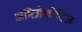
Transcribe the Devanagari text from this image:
अमित्रोकोटिज़